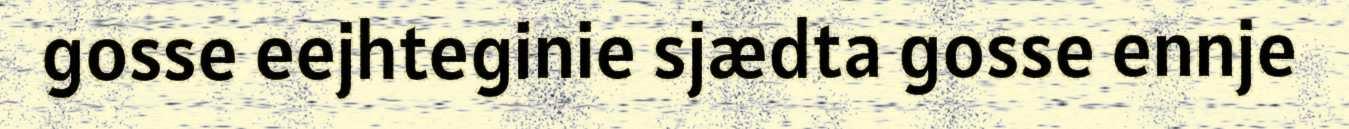
gosse eejhteginie sjædta gosse ennje